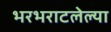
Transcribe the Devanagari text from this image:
भरभराटलेल्या